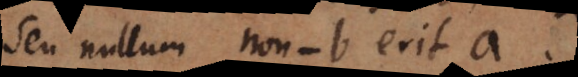
seu nullum non‐b erit a.